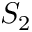
S _ { 2 }